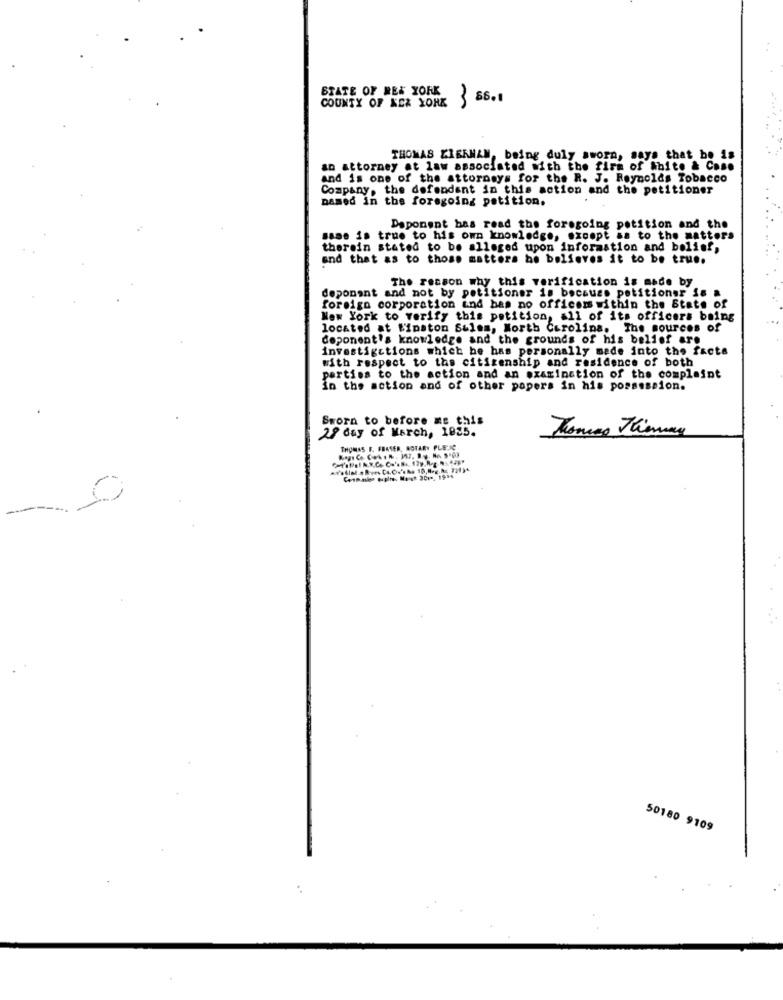
STATE OF REX YORK
COUNTY OF KE& YORK
3 56.1
THOMAS KIERNAN, being duly sworn, says that be is
an attorney at law associated with the firm of White & Case
and is one of the attorneys for the R. J. Reynolds Tobacco
Company, the defendant in this action and the petitioner
Damed in the foregoing petition.
Deponent has read the foregoing petition and the
sase is true to his own knowledge, except as to the matters
therain stated to be alleged upon information and belief,
and that as to those matters he believes it to be true.
The reason why this verification is made by
deponant and not by petitioner is because petitioner is a
foreign corporation and has no officers within the State of
New York to verify this petition, all of its officers being
located at Winston Salem, North Carolina. The sources of
deponent's knowledge and the grounds of his belief are
investigctions which he has personally made into the facts
with respect to the citizenship and residence of both
parties to the action and an examination of the complaint
in the action and of other papers in his possession.
Sworn to before as this
28 day of March, 1985.
Thomas Theway
THOMAS F. FRASER, NOTARY PLETIC
Conn aleo pcplte, Mosk 3013, 1934
-
50180 9109